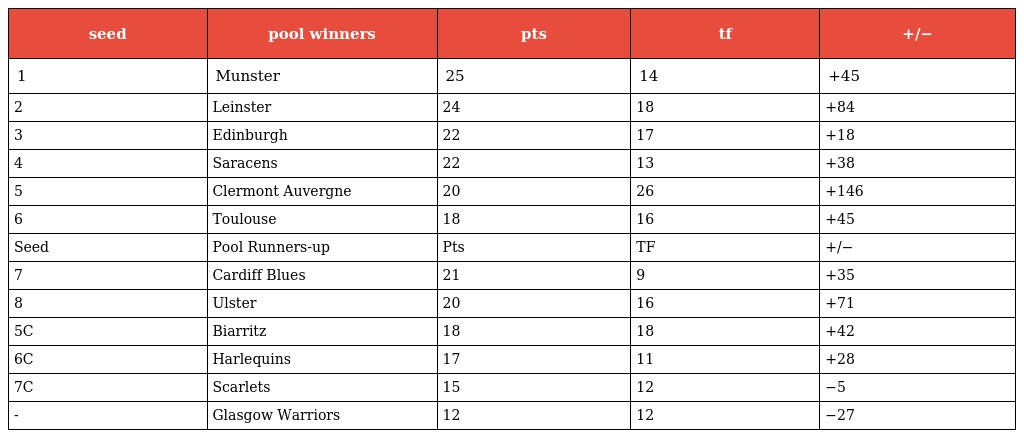
| seed | pool winners | pts | tf | +/− |
 | --- | --- | --- | --- | --- |
 | 1 | Munster | 25 | 14 | +45 |
 | 2 | Leinster | 24 | 18 | +84 |
 | 3 | Edinburgh | 22 | 17 | +18 |
 | 4 | Saracens | 22 | 13 | +38 |
 | 5 | Clermont Auvergne | 20 | 26 | +146 |
 | 6 | Toulouse | 18 | 16 | +45 |
 | Seed | Pool Runners-up | Pts | TF | +/− |
 | 7 | Cardiff Blues | 21 | 9 | +35 |
 | 8 | Ulster | 20 | 16 | +71 |
 | 5C | Biarritz | 18 | 18 | +42 |
 | 6C | Harlequins | 17 | 11 | +28 |
 | 7C | Scarlets | 15 | 12 | −5 |
 | - | Glasgow Warriors | 12 | 12 | −27 |